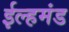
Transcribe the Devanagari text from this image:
ईल्हमंड